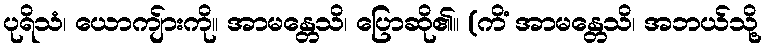
ပုရိသံ၊ ယောကျ်ားကို။ အာမန္တေသိ၊ ပြောဆို၏။ (ကိံ အာမန္တေသိ၊ အဘယ်သို့